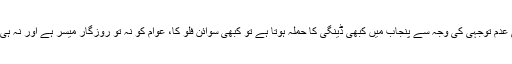
صحت کے شعبے میں حکمرانوں کی عدم توجہی کی وجہ سے پنجاب میں کبھی ڈینگی کا حملہ ہوتا ہے تو کبھی سوائن فلو کا، عوام کو نہ تو روزگار میسر ہے اور نہ ہی صحت و تعلیم جیسی بنیادی سہولتیں ۔